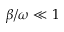
\beta / \omega \ll 1